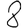
Digit: 8